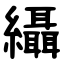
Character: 䌰